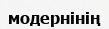
модернінің